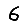
Digit: 6